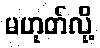
မဟုတ်လို့